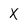
Character: X